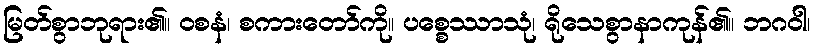
မြတ်စွာဘုရား၏။ ဝစနံ၊ စကားတော်ကို။ ပစ္စေဿာသုံ၊ ရိုသေစွာနာကုန်၏။ ဘဂဝါ၊